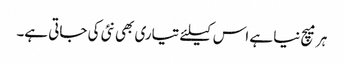
ہر میچ نیا ہے اس کیلئے تیاری بھی نئی کی جاتی ہے۔